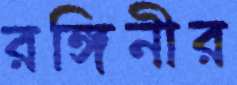
রঙ্গিনীর